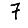
Digit: 7